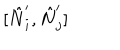
LaTeX: [ \hat { N } _ { i } ^ { \prime } , \hat { N } _ { j } ^ { \prime } ]